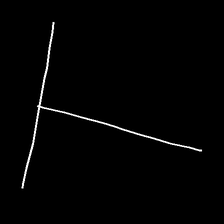
Glyph: column